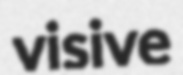
visive